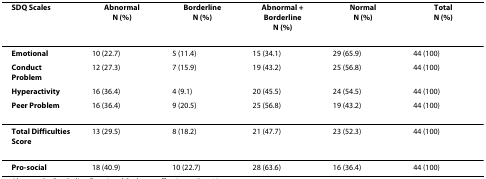
<table><thead><tr><td><b>SDQ Scales</b></td><td><b>AbnormalN (%)</b></td><td><b>BorderlineN (%)</b></td><td><b>Abnormal + BorderlineN (%)</b></td><td><b>NormalN (%)</b></td><td><b>TotalN (%)</b></td></tr></thead><tbody><tr><td><b>Emotional</b></td><td>10 (22.7)</td><td>5 (11.4)</td><td>15 (34.1)</td><td>29 (65.9)</td><td>44 (100)</td></tr><tr><td><b>Conduct Problem</b></td><td>12 (27.3)</td><td>7 (15.9)</td><td>19 (43.2)</td><td>25 (56.8)</td><td>44 (100)</td></tr><tr><td><b>Hyperactivity</b></td><td>16 (36.4)</td><td>4 (9.1)</td><td>20 (45.5)</td><td>24 (54.5)</td><td>44 (100)</td></tr><tr><td><b>Peer Problem</b></td><td>16 (36.4)</td><td>9 (20.5)</td><td>25 (56.8)</td><td>19 (43.2)</td><td>44 (100)</td></tr><tr><td><b>Total Difficulties Score</b></td><td>13 (29.5)</td><td>8 (18.2)</td><td>21 (47.7)</td><td>23 (52.3)</td><td>44 (100)</td></tr><tr><td><b>Pro-social</b></td><td>18 (40.9)</td><td>10 (22.7)</td><td>28 (63.6)</td><td>16 (36.4)</td><td>44 (100)</td></tr></tbody></table>